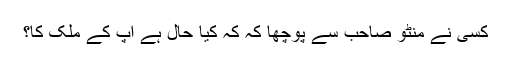
کسی نے منٹو صاحب سے پوچھا کہ کہ کیا حال ہے آپ کے ملک کا؟